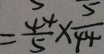
= \frac { 4 4 } { 5 } \times \frac { 5 } { 4 4 }